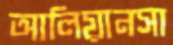
আলিয়ানসা